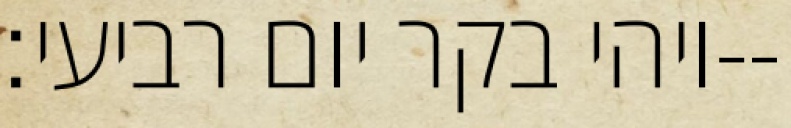
ויהי בקר יום רביעי׃--